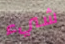
شيء